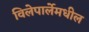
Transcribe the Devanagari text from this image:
विलेपार्लेमधील